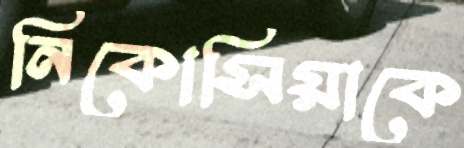
নিকোসিয়াকে